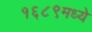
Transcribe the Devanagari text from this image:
१६८९मध्ये